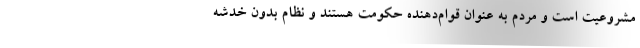
مشروعیت است و مردم به عنوان قوام‌دهنده حکومت هستند و نظام بدون خدشه